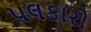
પલકારો